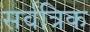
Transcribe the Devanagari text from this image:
सर्वत्रिक